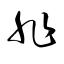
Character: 非